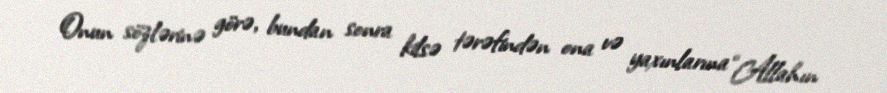
Onun sözlərinə görə, bundan sonra kilsə tərəfindən ona və yaxınlarına “Allahın